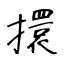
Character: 擐